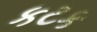
કટક